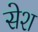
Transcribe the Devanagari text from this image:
सेश